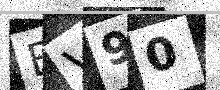
Text: BV90